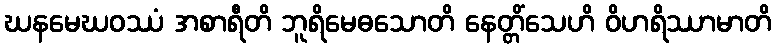
ဃနမေဃဝဿံ အစာရီတိ ဘူရိမေဓသောတိ နေတ္တိံသေဟိ ဝိဟရိဿာမာတိ